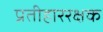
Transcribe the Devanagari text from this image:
प्रतीहाररक्षक